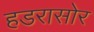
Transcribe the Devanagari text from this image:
हडरासोर